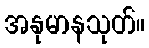
အနုမာနသုတ်။